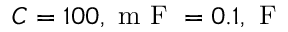
C = 1 0 0 , \mathrm { ~ m ~ F ~ } = 0 . 1 , \mathrm { ~ F ~ }